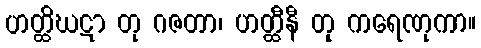
ဟတ္ထိဃဋာ တု ဂဇတာ၊ ဟတ္ထီနီ တု ကရေဏုကာ။